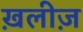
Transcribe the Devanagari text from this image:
ख़लीज़